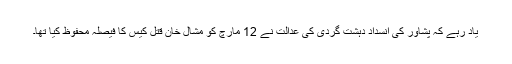
یاد رہے کہ پشاور کی انسداد دہشت گردی کی عدالت نے 12 مارچ کو مشال خان قتل کیس کا فیصلہ محفوظ کیا تھا۔